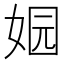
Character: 𮱄